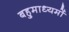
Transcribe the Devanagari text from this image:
बहुमाध्यमों